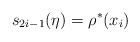
\begin{align*} s_{2i-1}(\eta) = \rho^*(x_i)\end{align*}